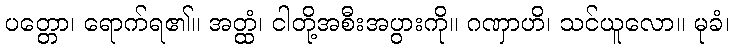
ပတ္တော၊ ရောက်ရ၏။ အတ္ထံ၊ ငါတို့အစီးအပွားကို။ ဂဏှာဟိ၊ သင်ယူလော။ မုခံ၊